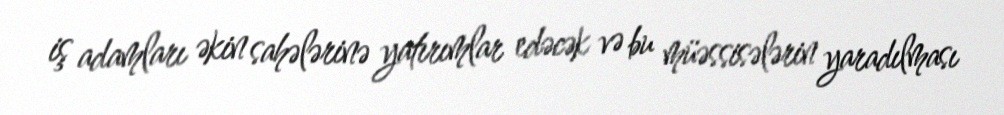
iş adamları əkin sahələrinə yatırımlar edəcək və bu müəssisələrin yaradılması